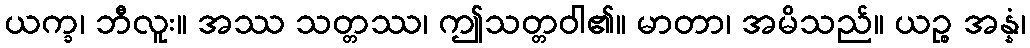
ယက္ခ၊ ဘီလူး။ အဿ သတ္တဿ၊ ဤသတ္တဝါ၏။ မာတာ၊ အမိသည်။ ယဉ္စ အန္နံ၊